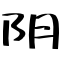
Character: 阴